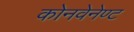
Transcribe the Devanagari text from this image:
कोनवेनेण्ट